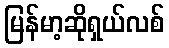
မြန်မာ့ဆိုရှယ်လစ်